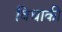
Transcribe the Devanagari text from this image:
विधाकी